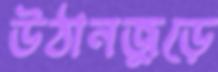
উঠানজুড়ে